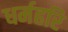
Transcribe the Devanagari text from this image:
धर्महरि